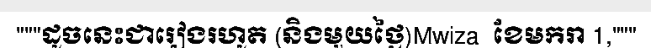
"""ដូចនេះជារៀងរហូត (និងមួយថ្ងៃ)Mwiza  ខែមករា 1,"""